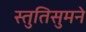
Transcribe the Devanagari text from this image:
स्तुतिसुमने